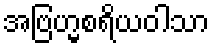
အဗြဟ္မစရိယဝါသာ